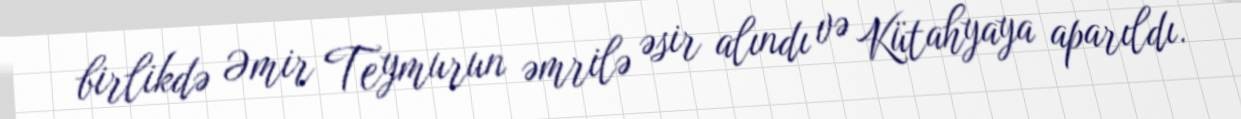
birlikdə Əmir Teymurun əmrilə əsir alındı və Kütahyaya aparıldı.